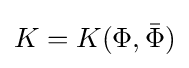
K=K(\Phi ,{\bar {\Phi }})